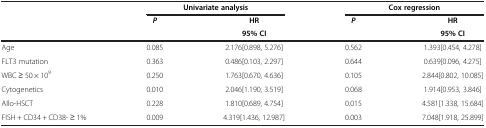
<table><thead><tr><td rowspan="3"><b> </b></td><td colspan="2"><b>Univariate analysis</b></td><td colspan="2"><b>Cox regression</b></td></tr><tr><td rowspan="2"><b><i>P</i></b></td><td><b>HR</b></td><td rowspan="2"><b><i>P</i></b></td><td><b>HR</b></td></tr><tr><td><b>95% CI</b></td><td><b>95% CI</b></td></tr></thead><tbody><tr><td>Age</td><td>0.085</td><td>2.176[0.898, 5.276]</td><td>0.562</td><td>1.393[0.454, 4.278]</td></tr><tr><td>FLT3 mutation</td><td>0.363</td><td>0.486[0.103, 2.297]</td><td>0.644</td><td>0.639[0.096, 4.275]</td></tr><tr><td>WBC ≥ 50 × 10<sup>9</sup></td><td>0.250</td><td>1.763[0.670, 4.636]</td><td>0.105</td><td>2.844[0.802, 10.085]</td></tr><tr><td>Cytogenetics</td><td>0.010</td><td>2.046[1.190, 3.519]</td><td>0.068</td><td>1.914[0.953, 3.846]</td></tr><tr><td>Allo-HSCT</td><td>0.228</td><td>1.810[0.689, 4.754]</td><td>0.015</td><td>4.581[1.338, 15.684]</td></tr><tr><td>FISH + CD34 + CD38- ≥ 1%</td><td>0.009</td><td>4.319[1.436, 12.987]</td><td>0.003</td><td>7.048[1.918, 25.899]</td></tr></tbody></table>